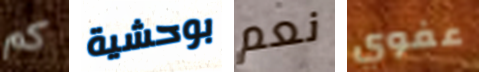
كم بوحشية نعم عفوي